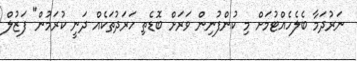
ނަރުދަމާ ބެލެހެއްޓުމަށް މި ކުންފުނިން ވަރަށް ބޮޑެތި ހަރަދުތަކެއް ދަނީ ކުރަމުން" ފަޒުލް